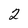
Character: 2